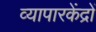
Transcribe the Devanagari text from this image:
व्यापारकेंद्रों